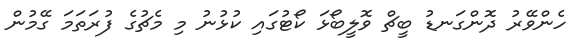
ހެންވޭރު ދޮންގަނޑު ބީޗް ވޮލީބޯޅަ ކޯޓުގައި ކުޅުނު މި މެޗުގެ ފުރަތަމަ ގޭމުން